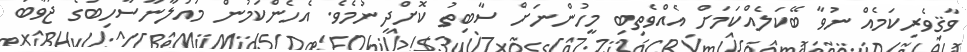
ވާޤިވެރިކަމެއް ނުވާ ބޭކަލެއްކަމަށް އެއްވެތިބި މީހުންނަށް ސާބިތު ކޮށްދިނުމެވެ. އެހެންކަމުން މައުލާނާސާހިބުގެ ޖަވާބު